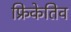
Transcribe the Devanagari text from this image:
फ्रिकेतिव